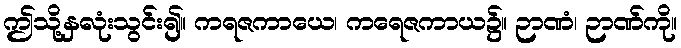
ဤသို့နှလုံးသွင်း၍။ ကရဇကာယေ၊ ကရေဇကာယ၌။ ဉာဏံ၊ ဉာဏ်ကို။